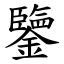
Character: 鑒